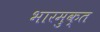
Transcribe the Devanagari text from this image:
भारमुक्त